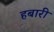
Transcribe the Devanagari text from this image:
हबारी